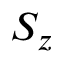
S _ { z }